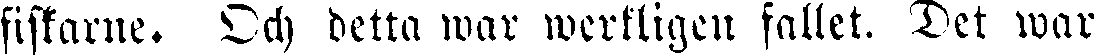
fiskarne. Och detta war werkligen fallet. Det war